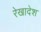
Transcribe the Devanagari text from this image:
रेखादेश